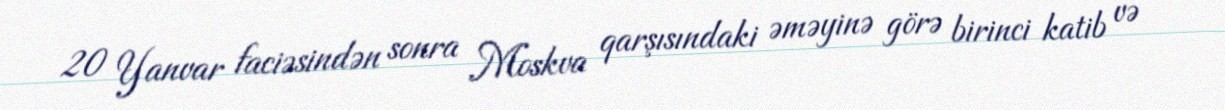
20 Yanvar faciəsindən sonra Moskva qarşısındaki əməyinə görə birinci katib və